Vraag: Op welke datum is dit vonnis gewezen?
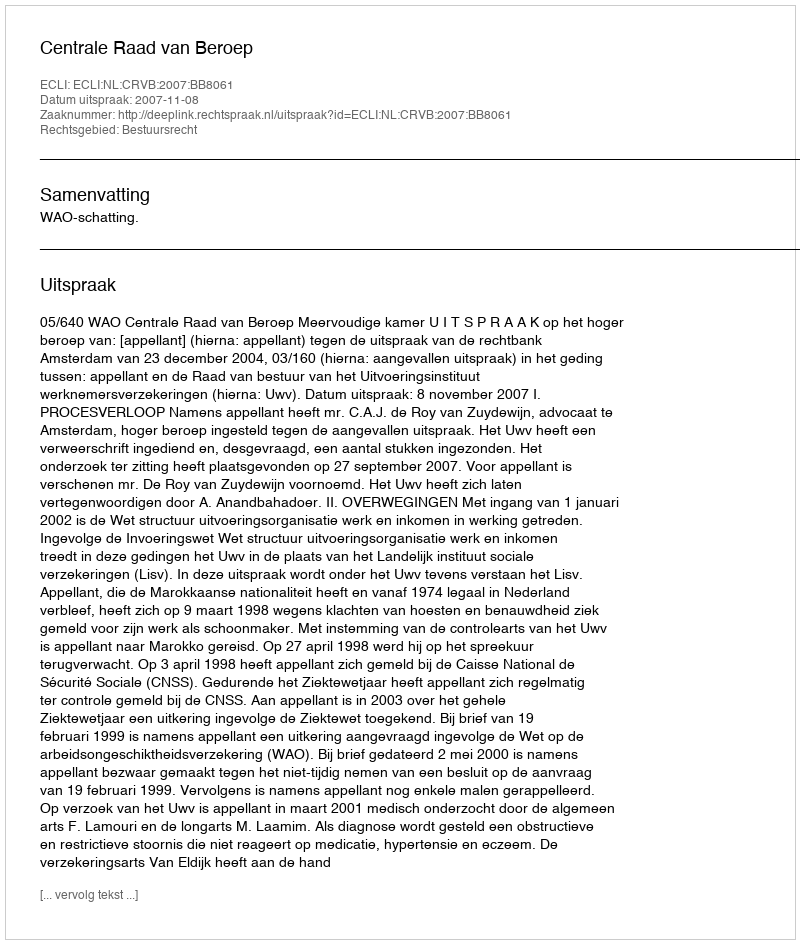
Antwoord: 2007-11-08